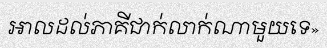
អាលដល់ភាគីជាក់លាក់ណាមួយទេ»